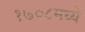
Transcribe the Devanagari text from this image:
१७०८मध्ये